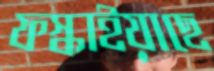
ফস্‌কাইয়াছে